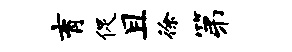
育促且徐第